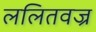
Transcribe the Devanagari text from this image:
ललितवज्र